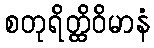
စတုရိတ္ထိဝိမာနံ